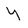
Character: Y